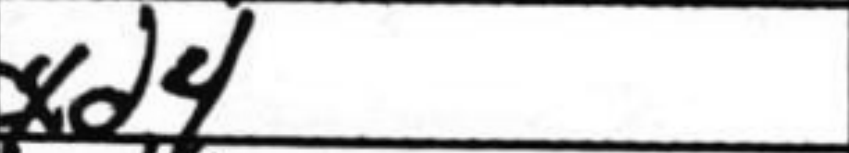
Transcription: cxd4